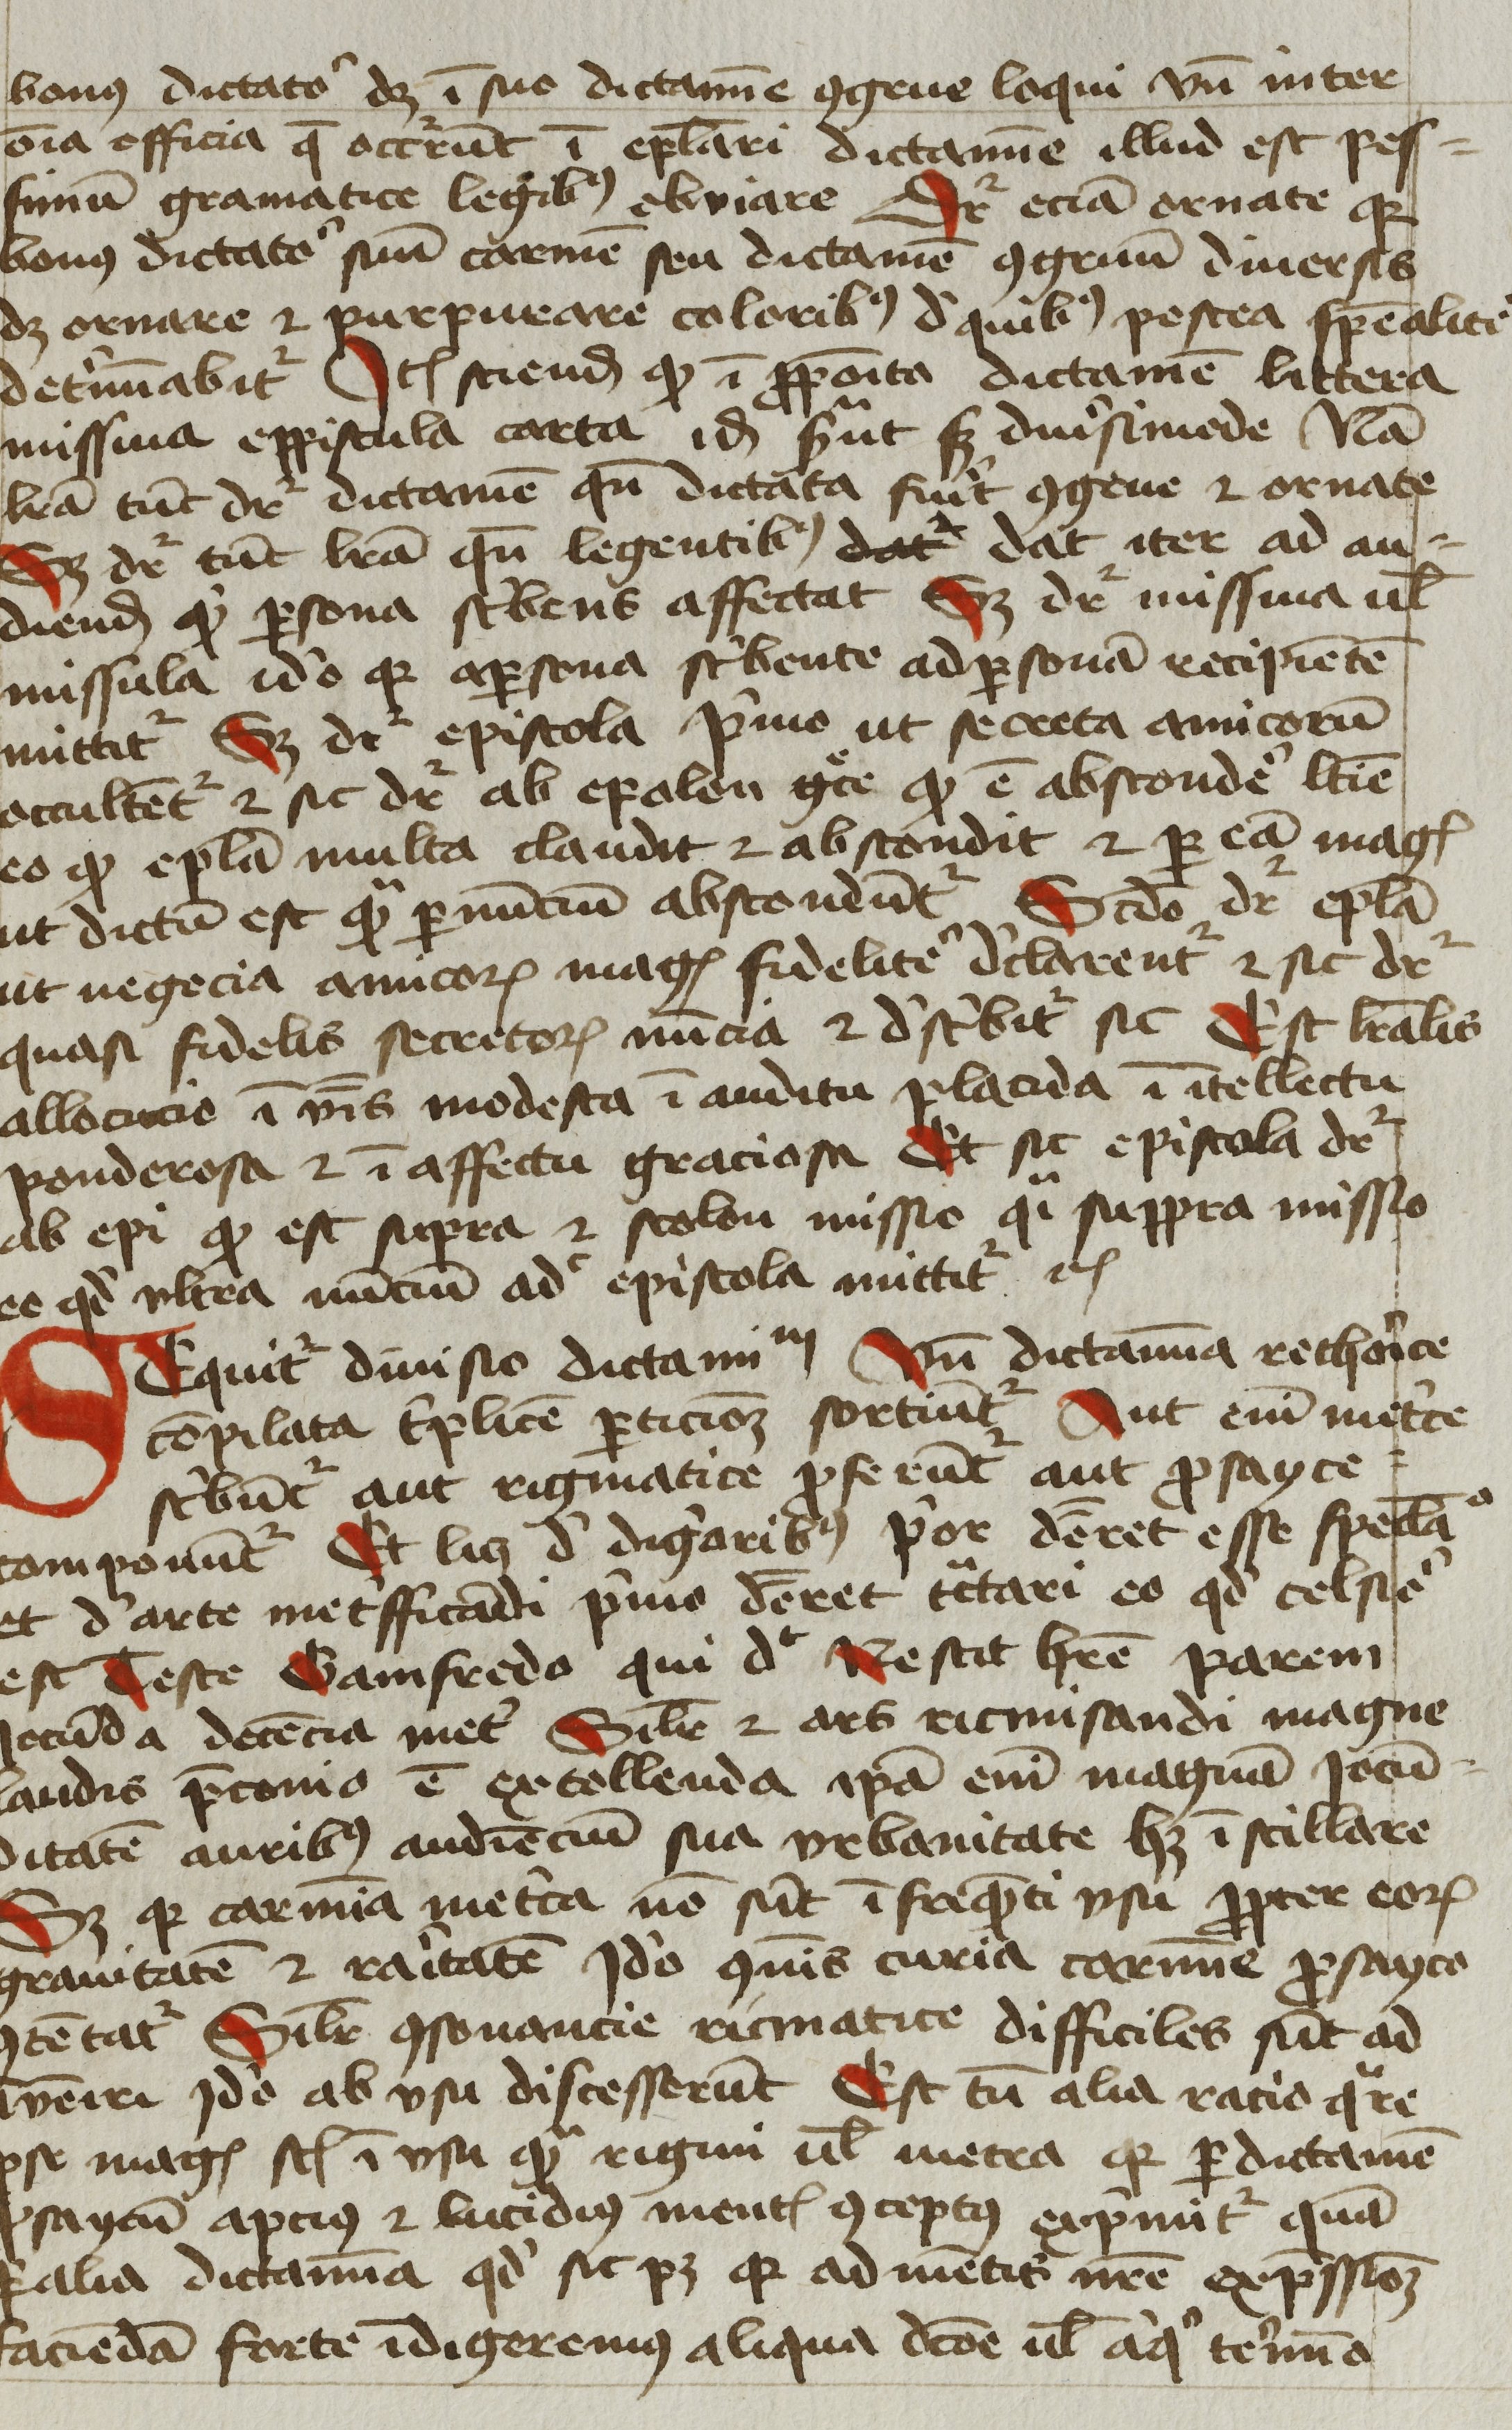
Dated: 1425–1449